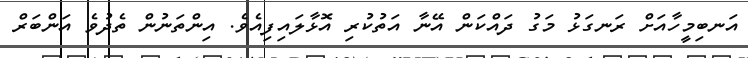
އަނބިމީހާއަށް ރަނގަޅު މަގު ދައްކަން އޭނާ އަތުކުރި އޮޅާލައިފިއެވެ. އިންތަނުން ތެދުވެ އަންބަރް